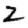
Digit: 2